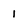
Character: 1